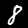
Label: 8